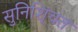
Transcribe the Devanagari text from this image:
सुनिशि्ंचत